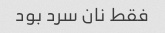
فقط نان سرد بود